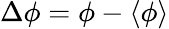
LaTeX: \Delta\phi=\phi-\left\langle\phi\right\rangle